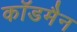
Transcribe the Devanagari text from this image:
कॉडमैन